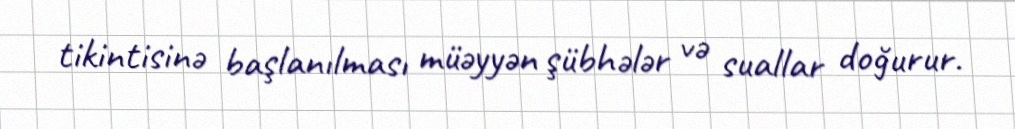
tikintisinə başlanılması müəyyən şübhələr və suallar doğurur.